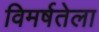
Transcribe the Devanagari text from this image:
विमर्षतेला